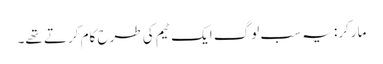
مارکر: یہ سب لوگ ایک ٹیم کی طرح کام کرتے تھے۔